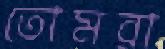
তোমরা